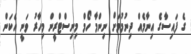
ގެ ފައިސާގެ އިނާމެއް ދިނުމުމަށް ނިންމާ ހޯމް މިނިސްޓްރީން މިހާރު ވަނީ އެކަން